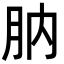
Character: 肭